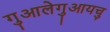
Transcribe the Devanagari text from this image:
गुआलेगुआयचु